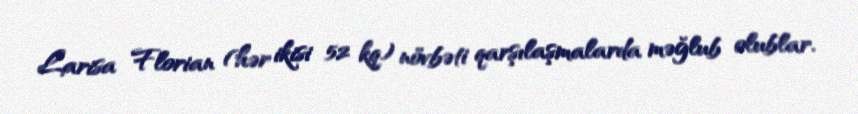
Larisa Florian (hər ikisi 52 kq) növbəti qarşılaşmalarda məğlub olublar.